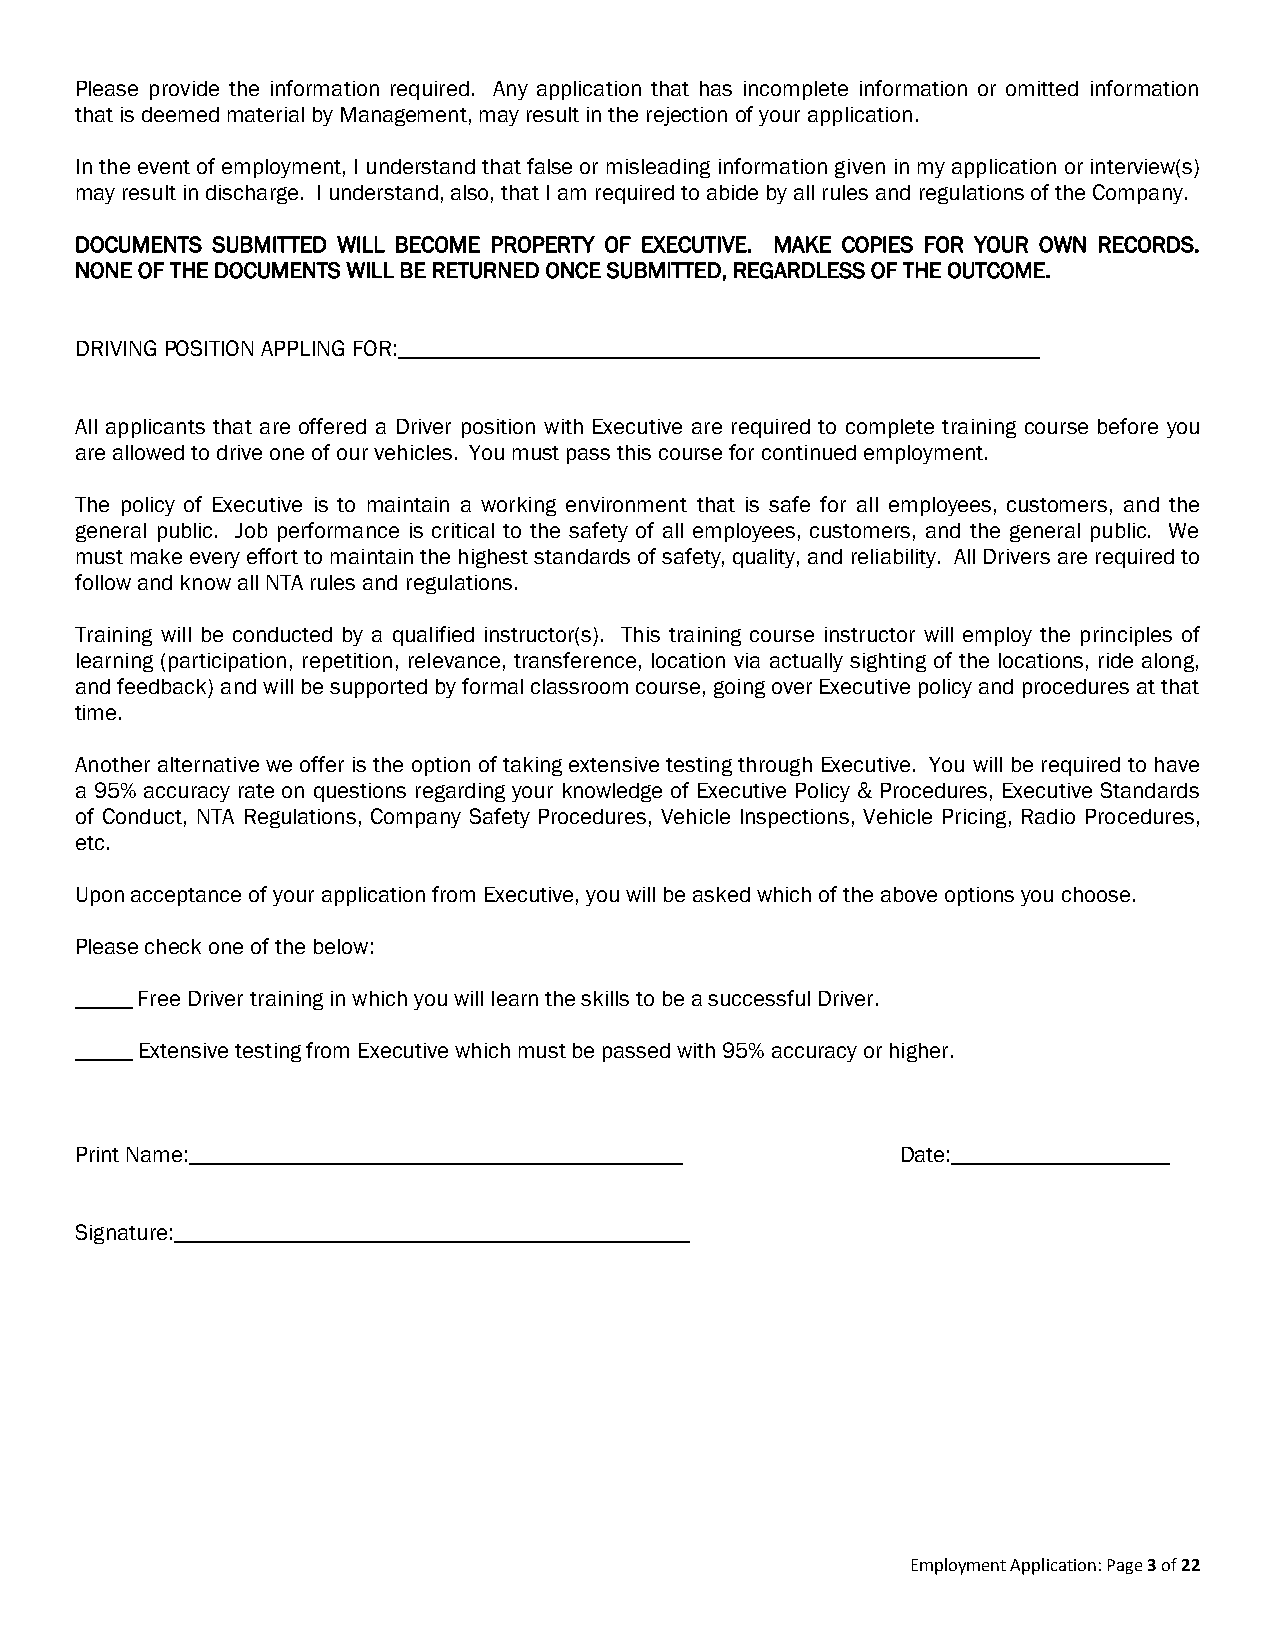
Please provide the information required. Any application that has incomplete information or omitted information
 that is deemed material by Management, may result in the rejection of your application.
 In the event of employment, I understand that false or misleading information given in my application or interview(s)
 may result in discharge. I understand, also, that I am required to abide by all rules and regulations of the Company.
 DOCUMENTS SUBMITTED WILL BECOME PROPERTY OF EXECUTIVE. MAKE COPIES FOR YOUR OWN RECORDS.
 NONE OF THE DOCUMENTS WILL BE RETURNED ONCE SUBMITTED, REGARDLESS OF THE OUTCOME.
 DRIVING POSITION APPLING FOR:________________________________________________________
 All applicants that are offered a Driver position with Executive are required to complete training course before you
 are allowed to drive one of our vehicles. You must pass this course for continued employment.
 The policy of Executive is to maintain a working environment that is safe for all employees, customers, and the
 general public. Job performance is critical to the safety of all employees, customers, and the general public. We
 must make every effort to maintain the highest standards of safety, quality, and reliability. All Drivers are required to
 follow and know all NTA rules and regulations.
 Training will be conducted by a qualified instructor(s). This training course instructor will employ the principles of
 learning (participation, repetition, relevance, transference, location via actually sighting of the locations, ride along,
 and feedback) and will be supported by formal classroom course, going over Executive policy and procedures at that
 time.
 Another alternative we offer is the option of taking extensive testing through Executive. You will be required to have
 a 95% accuracy rate on questions regarding your knowledge of Executive Policy & Procedures, Executive Standards
 of Conduct, NTA Regulations, Company Safety Procedures, Vehicle Inspections, Vehicle Pricing, Radio Procedures,
 etc.
 Upon acceptance of your application from Executive, you will be asked which of the above options you choose.
 Please check one of the below:
 _____ Free Driver training in which you will learn the skills to be a successful Driver.
 _____ Extensive testing from Executive which must be passed with 95% accuracy or higher.
 Print Name:___________________________________________ Date:___________________
 Signature:_____________________________________________
 Employment Application: Page 3 of 22